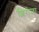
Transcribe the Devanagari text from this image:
शिरोळा